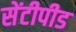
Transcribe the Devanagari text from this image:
सेंटीपीड